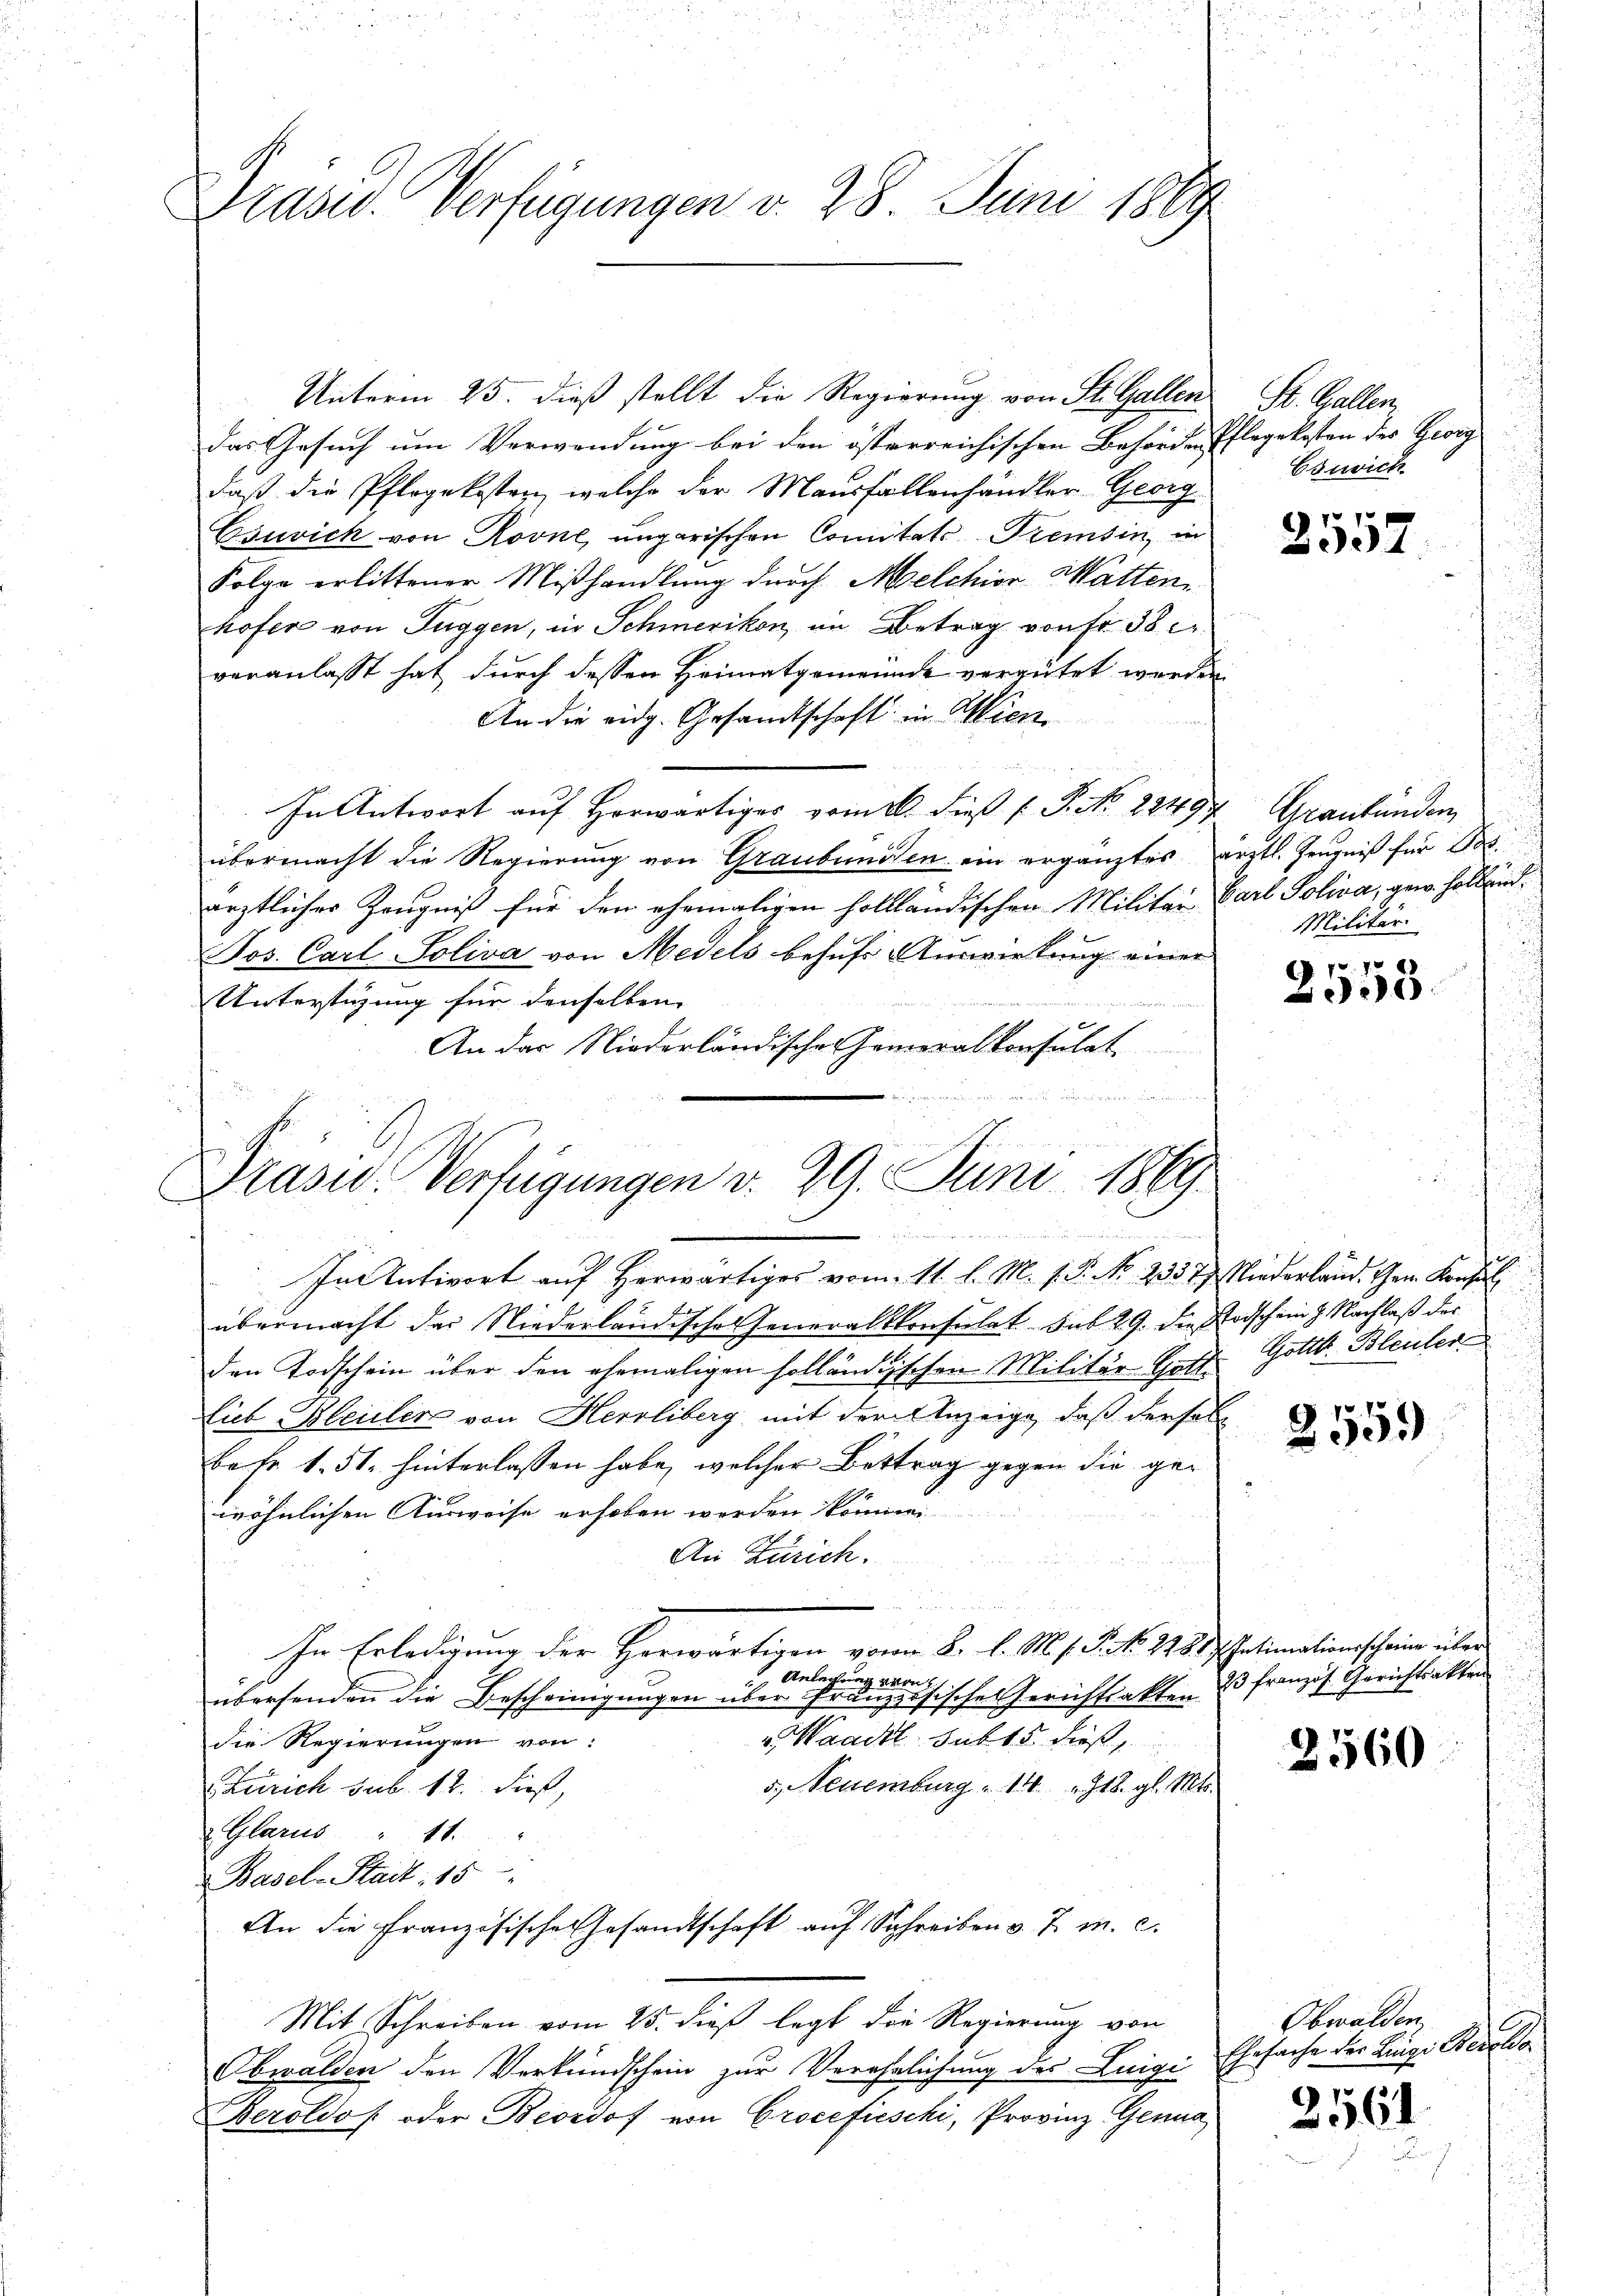
Präser. Verfügungen v. 28. Juni 1889

Präsid. Verfügungen v. 29. Juni 1869

Unterm 25. dieß stellt die Regierung von St. Gallen
das Gesuch um Verwendung bei den österreichischen Behörden Pflegekosten der Georg |
daß die Pflegekosten, welche der Mausfallenhändler Georg
Csuvich von Rovne, ungarischen Comitats Preisin, in
Folge erlittener Mißhandlung durch Melchior Watten,
hofer von Tuggen, in Schmerikon, in Betrag von Fr. 38
veranlasst hat, durch dessen Heimatgemeinde vergütet werden,
An die eidg. Gesandtschaft in Wien
In Antwort auf Horwärtiges vom 20. dieß ( P. Nr. 2249
übermacht die Regierŭng von Graubünden ein ergänztes ärztl. Zeŭgniβ für Pos
ärztlicher Zeugniß für den ehemaligen hollländischen Militar Carl Soliva, gew. Holländ
Jos. Carl-Soliva von Medels behufs Auswirkung einer
Unterstüzung für denselben |
 Aath
An das Niederländische Generalkonsulat

In Antwort auf Herwärtiges vom 11. l. M. s. S. No. 2337) Niederland. Herr Konsul
übermacht der Niederländisches Generalkonsulat sub 29. die Erdschein g. Nachlaß der
den Todschein über den ehemaligen solländischen Militär Gott. Gottl. Bleuler
lieb Kleidler von Herrliberg mit der Anzeige, daß dersel
betr. 1. 51. hinterlassen habe, welcher Bettrag gegen die gewöhnlichen Ausweise erhoben werden können.
An Zürich.
In Erledigung der Herwärtigen von 2. l. M. f. P. No. 248. Intimationscheine über
Anlegung ver
1
übersenden die Bescheinigungen über Französische Gerichtsakten 23 französ. Gerichtsakten
v. Waadt sub 15. dieß,
die Regierungen von:
5, Neuenburg 14 t8. gl. Mts.
Zürich sub. 18. dieß,
 Glarus " 11.
Basel-Stadt: 15
An die Französische Gesandtschaft auf Schreiben v. J. m. c.
Mit Schreiben vom 25. dieß legt die Regierung von
Obwalden den Verkundschein zur Verehrlichung des Luigi
Beroldos oder Bevrdof von Procefieschi, Provinz Genua

St. Gallen,
Esnich

2557

Graubünden
Militär

697. 14
e

2559)

2560

Obwalden
Ehesache der Lingi Regel

2561